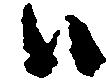
ハ